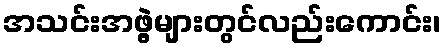
အသင်းအဖွဲ့များတွင်လည်းကောင်း၊